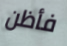
فأظن